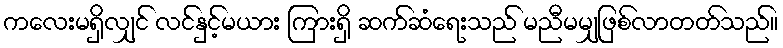
ကလေးမရှိလျှင် လင်နှင့်မယား ကြားရှိ ဆက်ဆံရေးသည် မညီမမျှဖြစ်လာတတ်သည်။